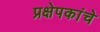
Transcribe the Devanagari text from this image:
प्रक्षेपकांचे